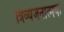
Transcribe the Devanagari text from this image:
त्रिव्यंजनात्मक